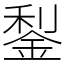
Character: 鋫